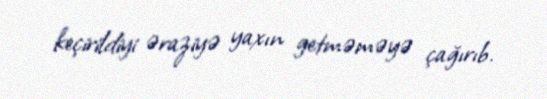
keçirildiyi əraziyə yaxın getməməyə çağırıb.